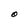
Character: O